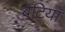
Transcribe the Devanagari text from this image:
बेटियाॅ